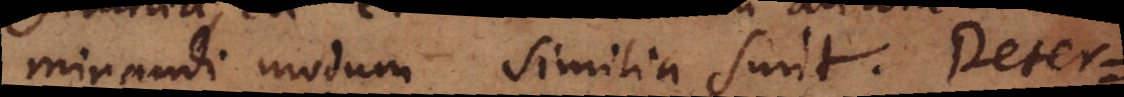
minandi modum similia sunt. Deter